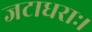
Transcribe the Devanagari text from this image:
जटाधराः।